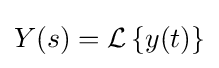
Y(s)={\mathcal {L}}\left\{y(t)\right\}